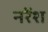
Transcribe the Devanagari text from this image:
नरेंश